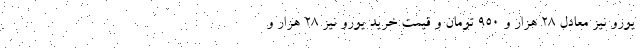
یورو نیز معادل 28 هزار و 950 تومان و قیمت خرید یورو نیز 28 هزار و